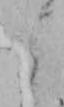
よ